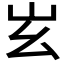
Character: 𡵏